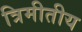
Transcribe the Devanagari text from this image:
त्रिमीतीय